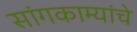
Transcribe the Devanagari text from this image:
सांगकाम्यांचे